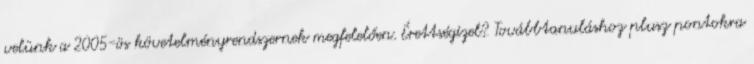
velünk a 2005-ös követelményrendszernek megfelelően. Érettségizel? Továbbtanuláshoz plusz pontokra